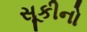
સૂકીનો